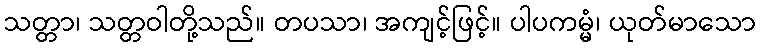
သတ္တာ၊ သတ္တဝါတို့သည်။ တပသာ၊ အကျင့်ဖြင့်။ ပါပကမ္မံ၊ ယုတ်မာသော